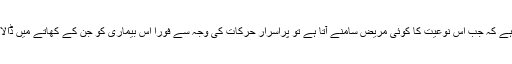
یہی وجہ ہے کہ جب اس نوعیت کا کوئی مریض سامنے آتا ہے تو پراسرار حرکات کی وجہ سے فوراً اس بیماری کو جن کے کھاتے میں ڈالا جاتا ہے۔